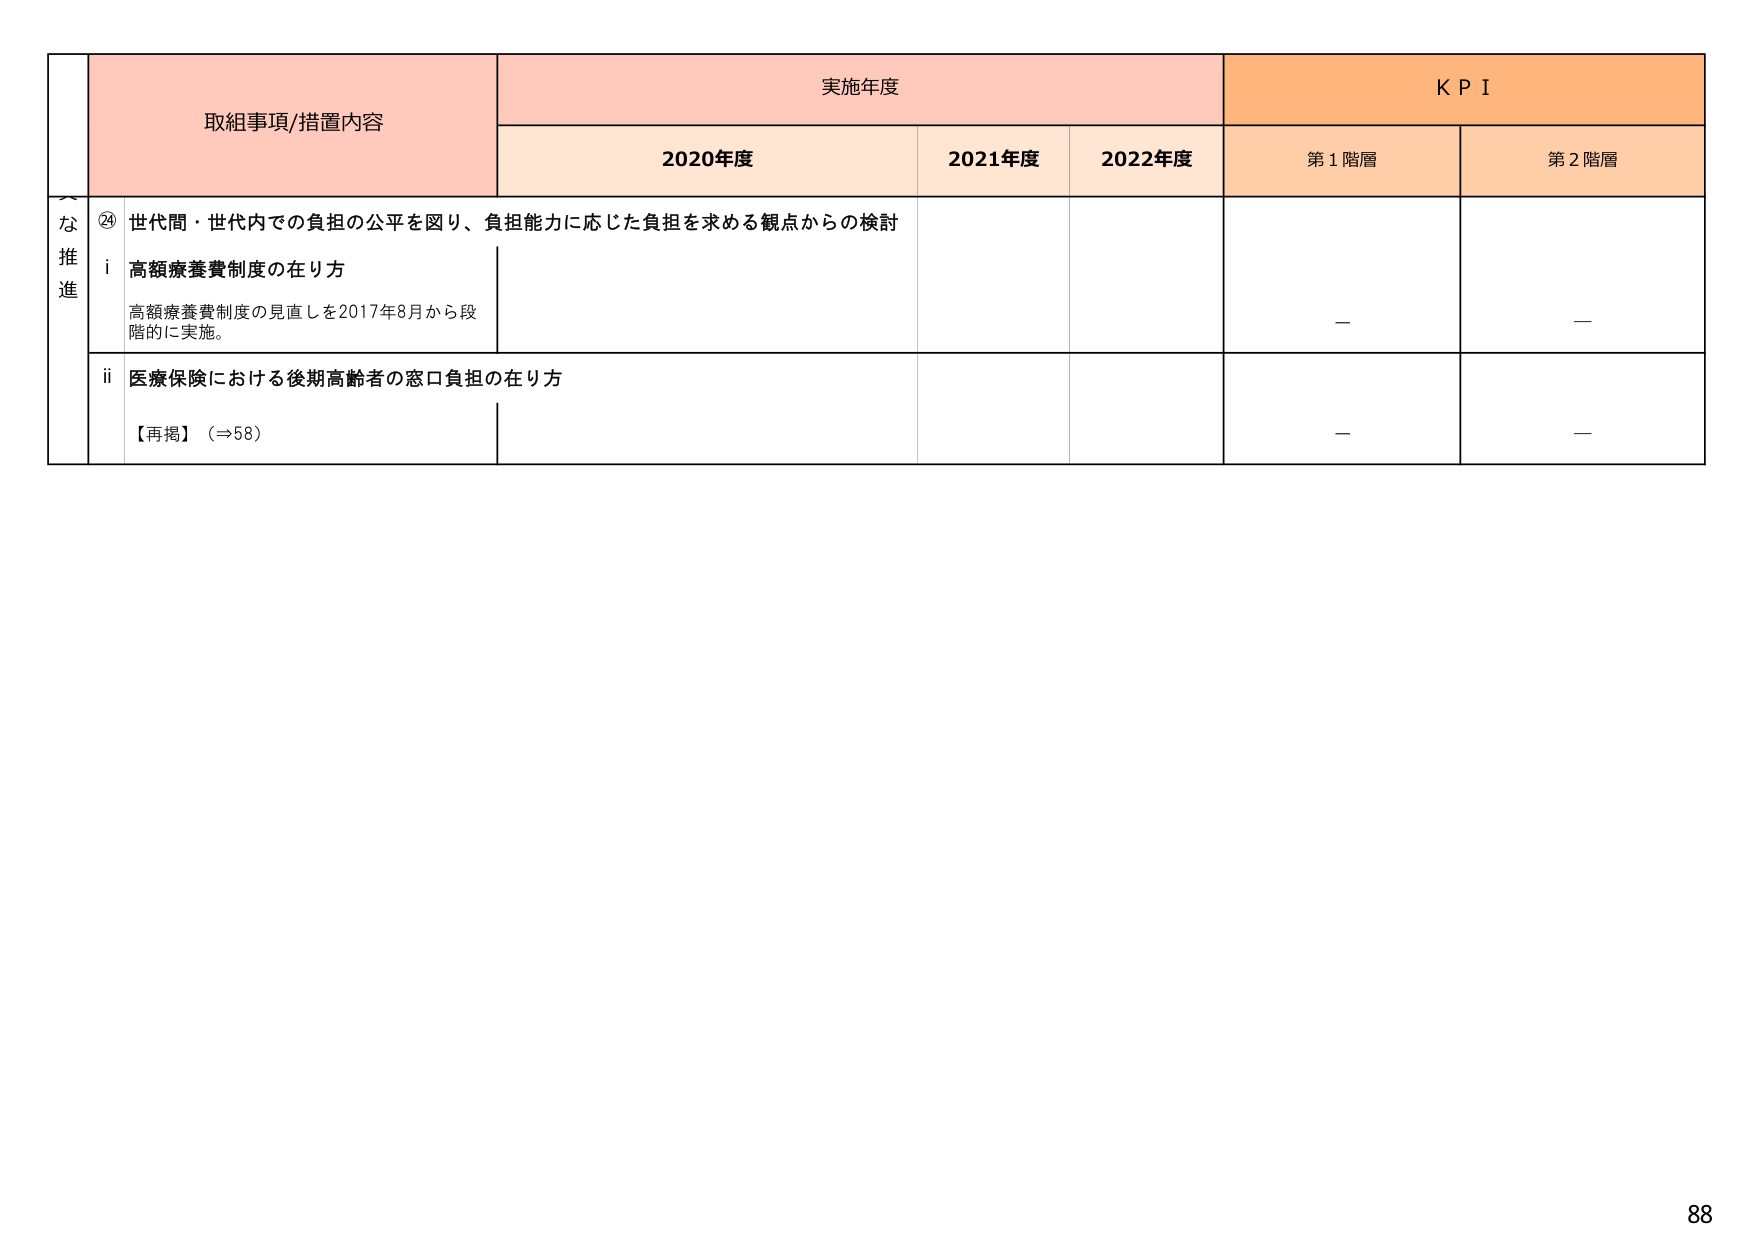
取組事項/措置内容
実施年度
KPI
2020年度
2021年度
2022年度
第1階層
第2階層
な
推
進
⑳ 世代間・世代内での負担の公平を図り、負担能力に応じた負担を求める観点からの検討
i 高額療養費制度の在り方
高額療養費制度の見直しを2017年8月から段階的に実施。
－
－
ii 医療保険における後期高齢者の窓口負担の在り方
【再掲】（⇒58）
－
－
88